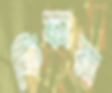
কিফায়া